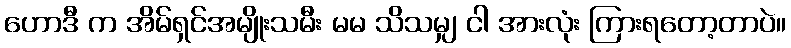
ဟောဒီ က အိမ်ရှင်အမျိုးသမီး မမ သိသမျှ ငါ အားလုံး ကြားရတော့တာပဲ။